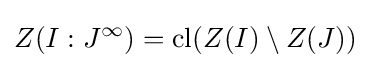
Z(I:J^{\infty })=\mathrm {cl} (Z(I)\setminus Z(J))